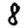
Digit: 8